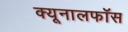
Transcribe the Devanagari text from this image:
क्‍यूनालफॉस